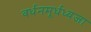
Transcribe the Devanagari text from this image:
वर्धनमूर्धध्वजा